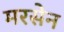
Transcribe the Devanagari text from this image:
मरसेन